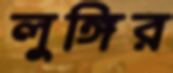
লুঙ্গির